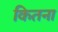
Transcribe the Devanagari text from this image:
कितना